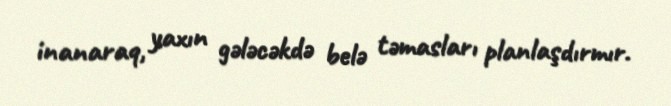
inanaraq, yaxın gələcəkdə belə təmasları planlaşdırmır.